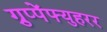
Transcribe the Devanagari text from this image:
ग्रुप्पेंफ्युहरर